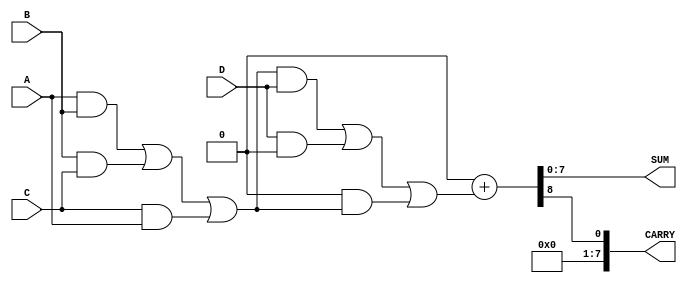
module carry_save_adder_tree #(parameter N = 8) (
    input  [N-1:0] A, // First input
    input  [N-1:0] B, // Second input
    input  [N-1:0] C, // Third input
    input  [N-1:0] D, // Fourth input
    output [N-1:0] SUM, // Final sum output
    output [N-1:0] CARRY // Final carry output
);

    // Carry Save Adder cell
    function [N-1:0] csa_cell(
        input [N-1:0] x,
        input [N-1:0] y,
        input [N-1:0] z
    );
        begin
            // Sum = x ^ y ^ z (bitwise XOR)
            // Carry = (x & y) | (y & z) | (z & x) (bitwise AND and OR)
            csa_cell = {x, y, z} ^ {x, y, z} >> 1; // Calculate sum
            csa_cell = (x & y) | (y & z) | (z & x); // Calculate carry
        end
    endfunction

    // Intermediate sums and carries
    wire [N-1:0] sum1, carry1;
    wire [N-1:0] sum2, carry2;
    wire [N-1:0] final_sum, final_carry;

    // First stage of CSA
    assign {carry1, sum1} = csa_cell(A, B, C);
    assign {carry2, sum2} = csa_cell(sum1, D, {N{1'b0}}); // D as third operand, zero padding

    // Final stage
    assign {final_carry, final_sum} = carry2 + sum2;

    // Final outputs
    assign SUM = final_sum;
    assign CARRY = final_carry;

endmodule